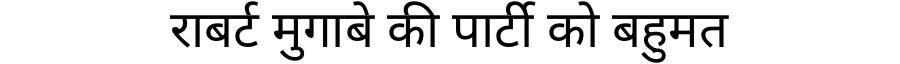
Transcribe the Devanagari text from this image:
राबर्ट मुगाबे की पार्टी को बहुमत